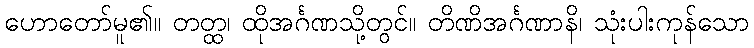
ဟောတော်မူ၏။ တတ္ထ၊ ထိုအင်္ဂဏသို့တွင်။ တိဏိအင်္ဂဏာနိ၊ သုံးပါးကုန်သော